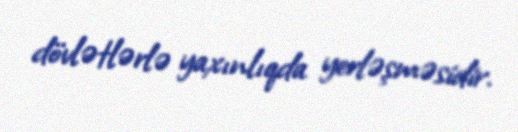
dövlətlərlə yaxınlıqda yerləşməsidir.